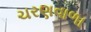
ચરણવાળા